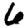
Digit: 6